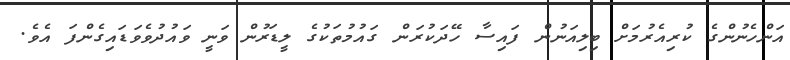
އަންހެނުންގެ ކުރިއެރުމަށް ބިލިއަނުން ފައިސާ ހޭދަކުރަން ގައުމުތަކުގެ ލީޑަރުން ވަނީ ވައުދުވެވަޑައިގެންފަ އެވެ.